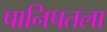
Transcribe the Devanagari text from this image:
पानिपतला